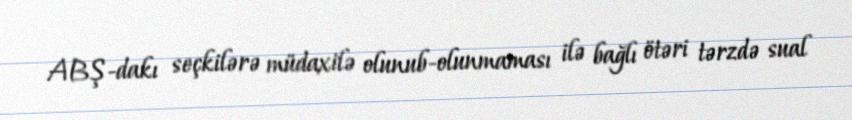
ABŞ-dakı seçkilərə müdaxilə olunub-olunmaması ilə bağlı ötəri tərzdə sual